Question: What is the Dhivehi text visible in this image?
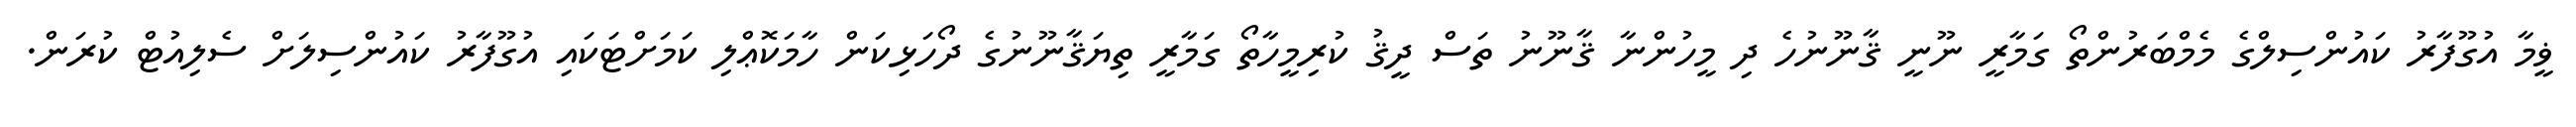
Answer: ޥީމާ އުގޫފާރު ކައުންސިލްގެ މެމްބަރުންތޯ ގަމާރީ ނޫނީ ޤާނޫނުހެ ދި މީހުންނާ ޤާނޫނު ތަސް ދީޤު ކުރިމީހާތޯ ގަމާރީ ތިޔަޤާނޫނުގެ ދޯހަޅިކަން ހާމަކޮޢްލި ކަމަށްޓަކައި އުގޫފާރު ކައުންސިލަށް ސެލިއުޓް ކުރަން.